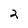
Character: 2